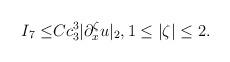
LaTeX: \begin{align*}I_7\leq& Cc^3_3|\partial^\zeta_x u|_2, 1\leq |\zeta|\leq 2.\end{align*}